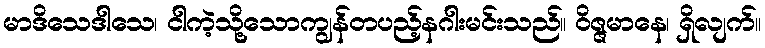
မာဒိသေဒါသေ၊ ငါကဲ့သို့သောကျွန်တပည့်နဂါးမင်းသည်။ ဝိဇ္ဇမာနေ၊ ရှိလျက်။